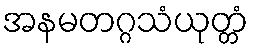
အနမတဂ္ဂသံယုတ္တံ